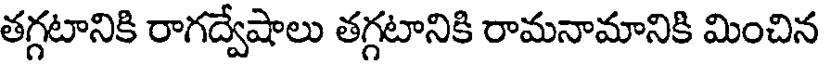
తగ్గటానికి రాగద్వేషాలు తగ్గటానికి రామనామానికి మించిన